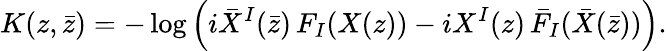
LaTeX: K(z,\bar{z})=-\log\Big(i\bar{X}^{I}(\bar{z})\, F_{I}(X(z))-iX^{I}(z)\, \bar{F}_{I}(\bar{X}(\bar{z}))\Big).